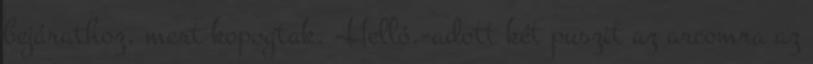
bejárathoz, mert kopogtak. -Helló.-adott két puszit az arcomra az